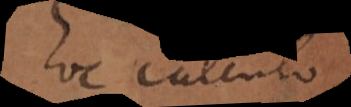
hoc calculo